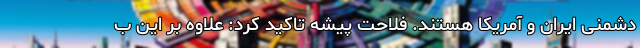
دشمنی ایران و آمریکا هستند. فلاحت پیشه تاکید کرد:‌ علاوه بر این ب